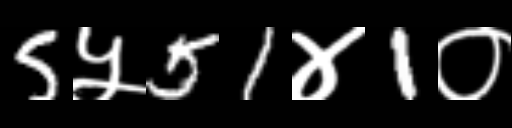
Text: 5५51४1०